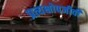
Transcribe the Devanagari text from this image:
प्रत्यक्षोपजीवी